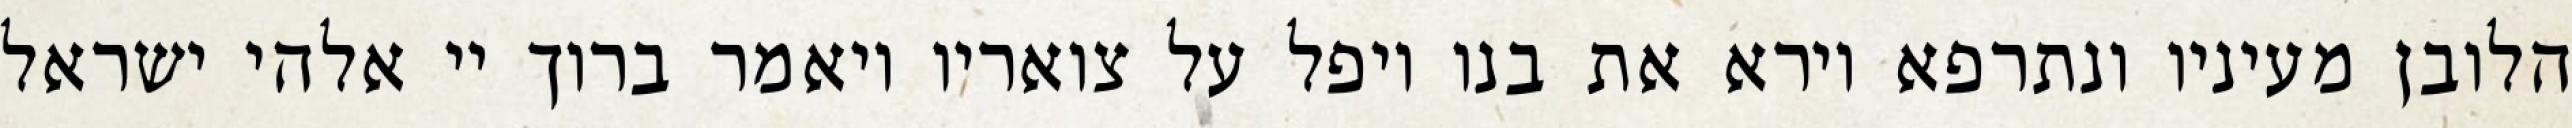
הלובן מעיניו ונתרפא וירא את בנו ויפל על צואריו ויאמר ברוך יי אלהי ישראל